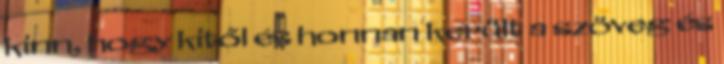
kinn, hogy kitől és honnan került a szöveg és